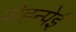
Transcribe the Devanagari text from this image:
पोह्न्पेई